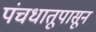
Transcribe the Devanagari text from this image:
पंचधातूपासून